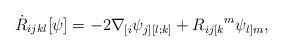
LaTeX: \begin{align*}\dot{R}_{ijkl}[\psi]= -2 \nabla_{[i} \psi_{j][l;k]} + R_{ij[k}{}^m \psi_{l]m},\end{align*}